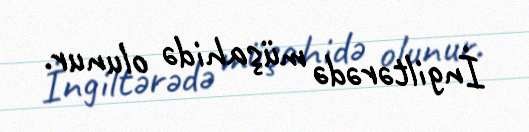
İngiltərədə müşahidə olunur.